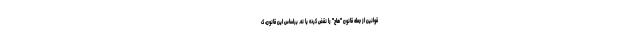
قوانین از جمله قانون "هاچ" را نقض کرده یا نه. براساس این قانون، ک